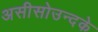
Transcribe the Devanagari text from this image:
असीसोउन्दके